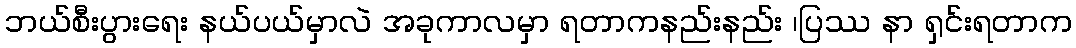
ဘယ်စီးပွားရေး နယ်ပယ်မှာလဲ အခုကာလမှာ ရတာကနည်းနည်း ၊ပြဿ နာ ရှင်းရတာက